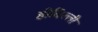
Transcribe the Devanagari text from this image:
हीदिल्ली